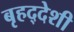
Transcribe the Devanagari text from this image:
बृहद्‌देशी